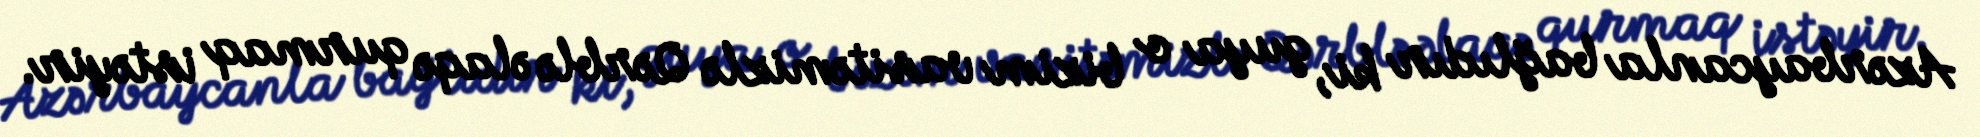
Azərbaycanla bağlıdır ki, guya o bizim vasitəmizlə Qərblə əlaqə qurmaq istəyir.